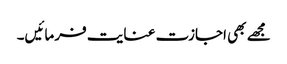
مجھے بھی اجازت عنایت فرمائیں۔